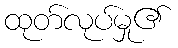
ထုတ်လုပ်မှု၏